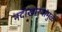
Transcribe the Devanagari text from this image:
नदीखोर्‍यांमुळे